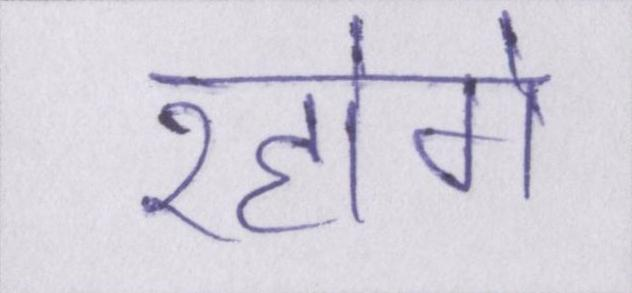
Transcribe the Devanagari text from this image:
रहोगे